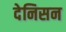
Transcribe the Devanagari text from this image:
देनिसन